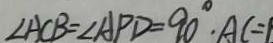
\angle A C B = \angle A P D = 9 0 ^ { \circ } \cdot A C = 1